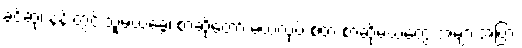
ခင်ဆုံ၊ နန်းတွင်းသူမယ်ခွေ၊ စာဆိုတော် မယ်လုပ် စတဲ့ စာဆိုမယ်တွေ အများအပြား